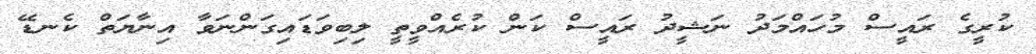
ކުރީގެ ރައީސް މުހައްމަދު ނަޝީދު ރައީސް ކަން ކުރެއްވީތީ ލިބިވަޑައިގަންނަވާ އިނާޔަތް ކެނޑޭ